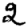
Digit: 2